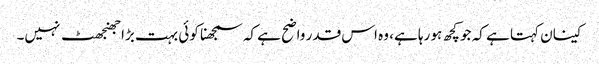
کینان کہتا ہے کہ جو کچھ ہو رہا ہے، وہ اس قدر واضح ہے کہ سمجھنا کوئی بہت بڑا جھنجھٹ نہیں۔